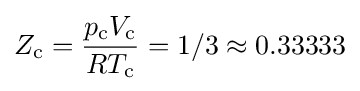
Z_{\text{c}}={\frac {p_{\text{c}}V_{\text{c}}}{RT_{\text{c}}}}=1/3\approx 0.33333